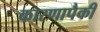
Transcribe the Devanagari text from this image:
कारणापैकी